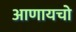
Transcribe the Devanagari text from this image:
आणायचो